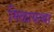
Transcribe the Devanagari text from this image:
मिळायल्या